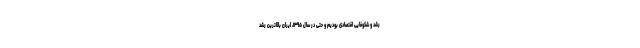
رشد و شکوفایی اقتصادی بودیم و حتّی در سال ۱۳۹۵، ایران بالاترین رشد